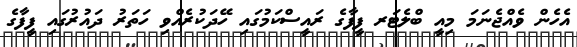
އެހެން ވެއްޖެނަމަ މިއީ ބްލެޓަރ ފީފާގެ ރައީސްކަމުގައި ހޭދަކުރެއްވި ހަތަރު ދައުރުގައި ފީފާގެ